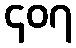
၄၀၇